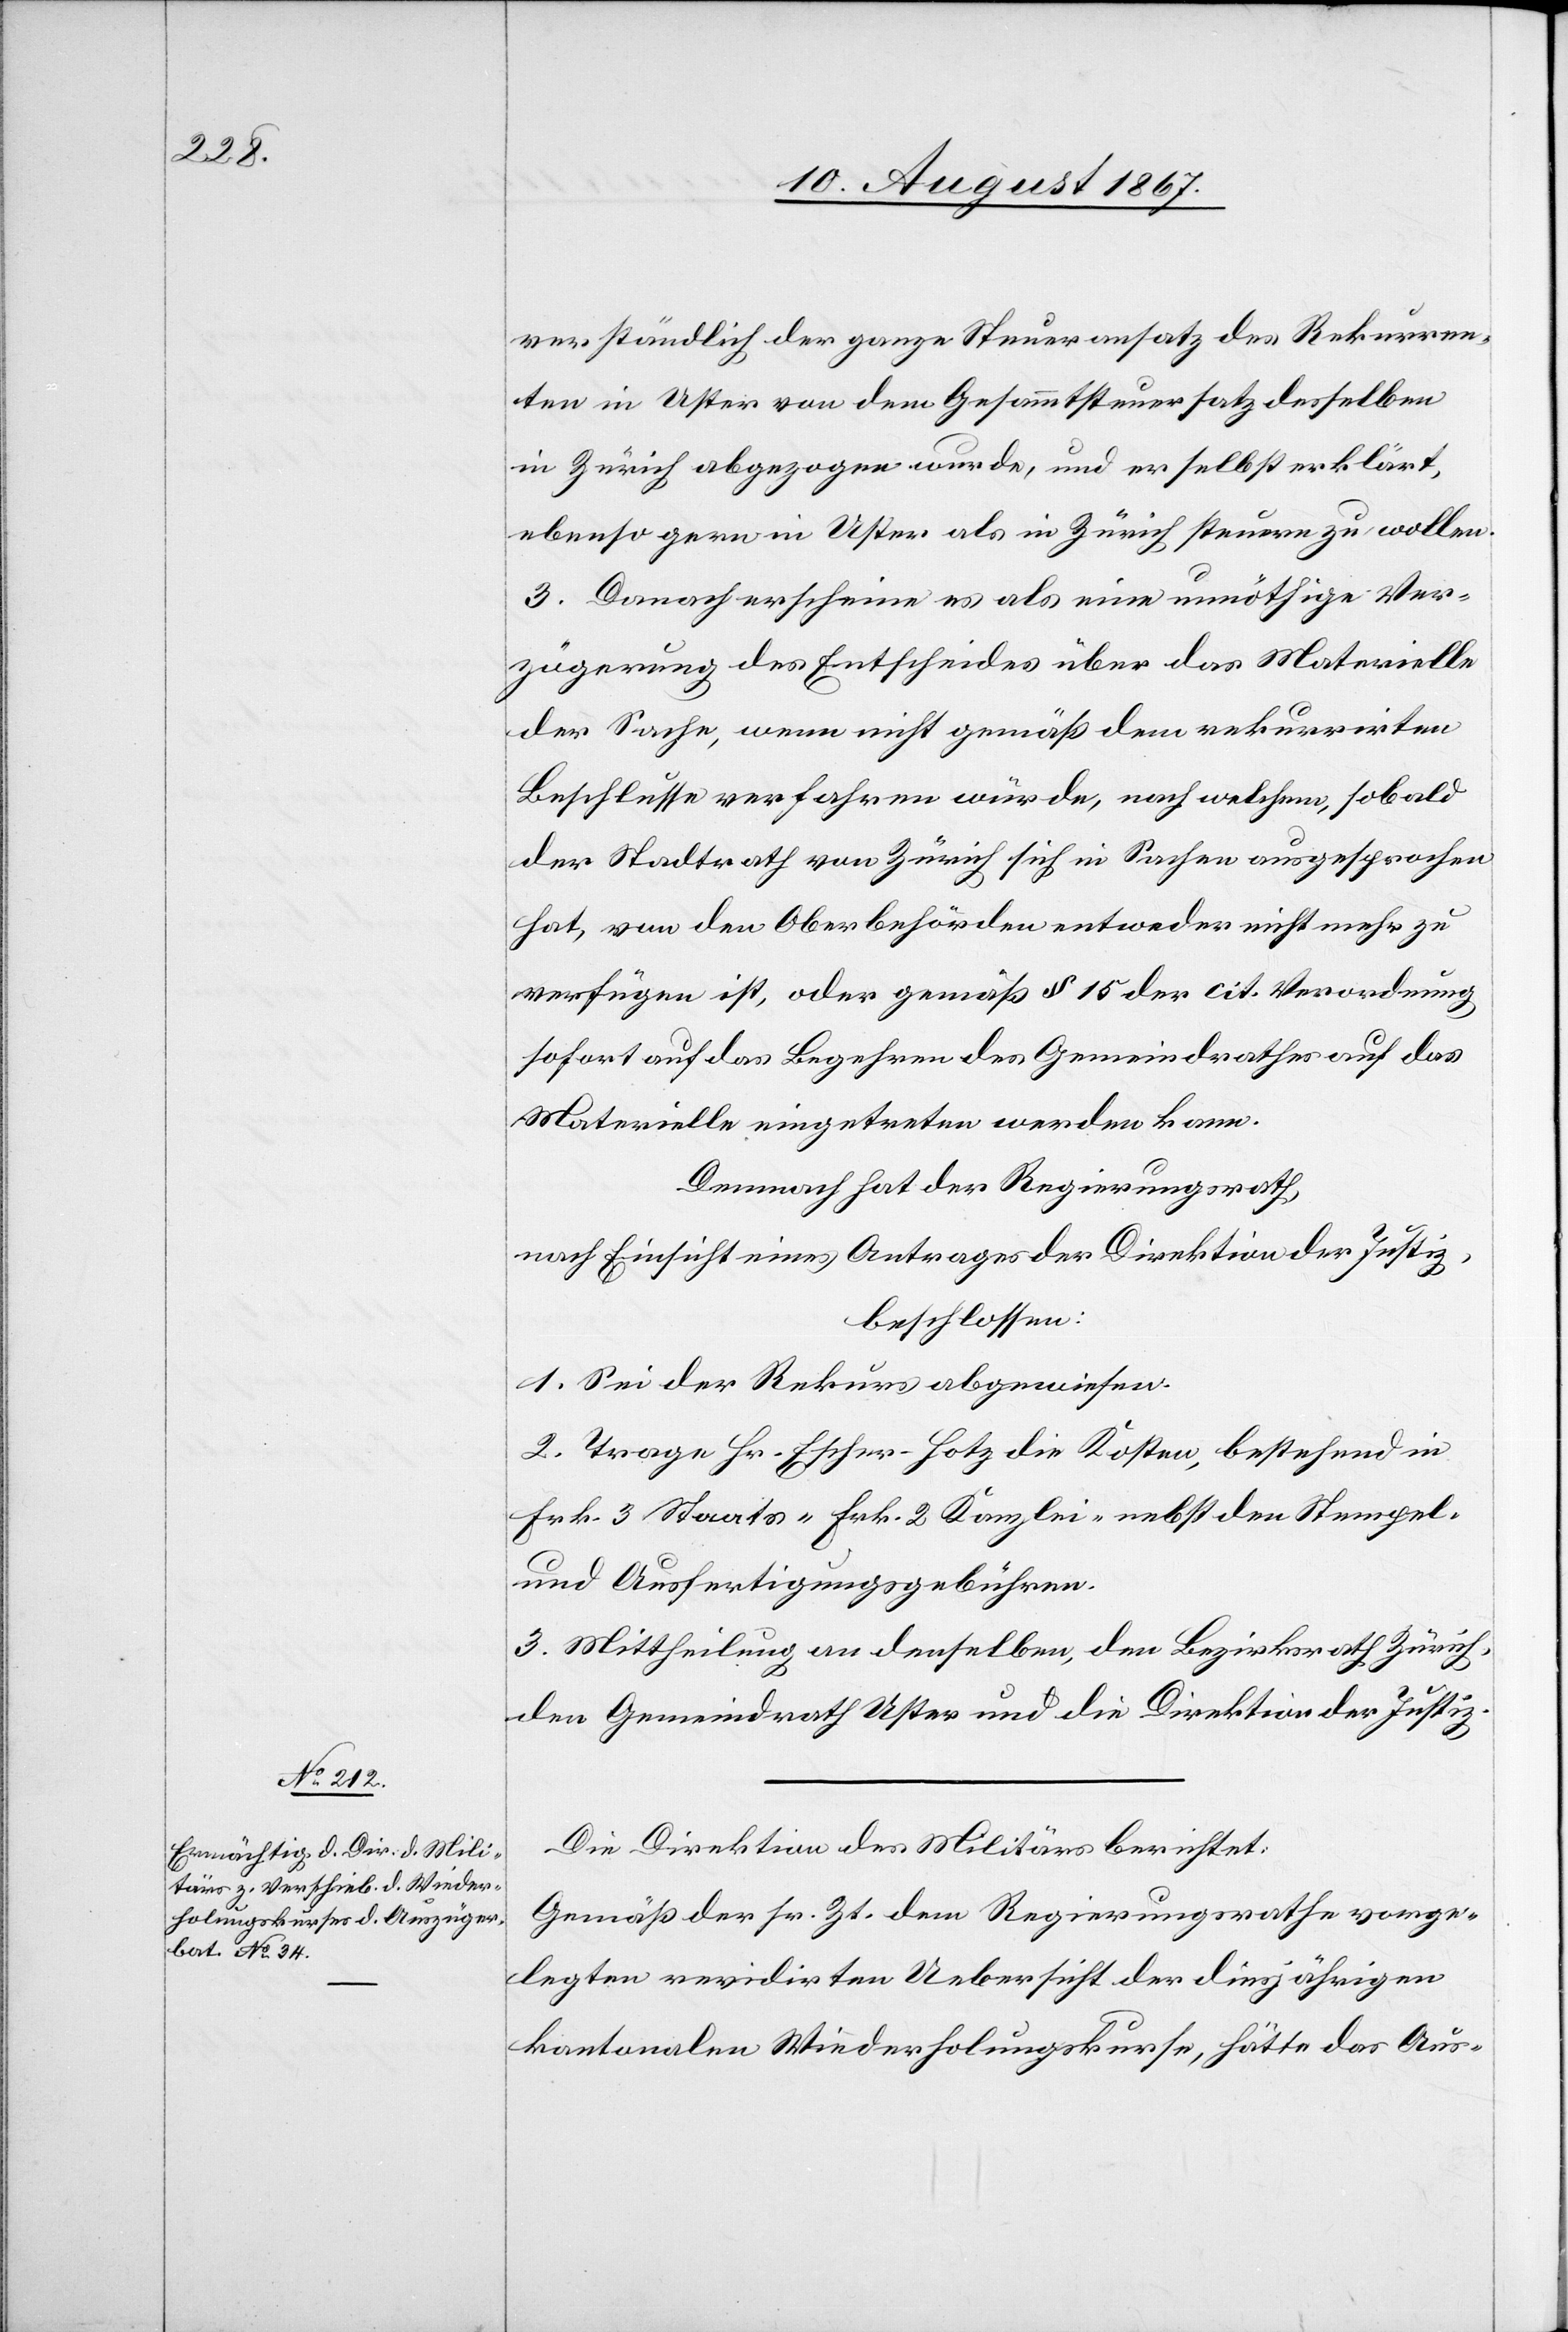
verständlich der ganze Steueransatz des Rekurren¬
ten in Uster von dem Gesammtsteuersatz desselben
in Zürich abgezogen wurde, und er selbst erklärt,
ebenso gern in Uster als in Zürich steuern zu wollen.
3. Demnach erscheine es als eine unnöthige Ver¬
zögerung des Entscheides über das Materielle
der Sache, wenn nicht gemäß dem rekurrirten
Beschlusse verfahren würde, nach welchem, sobald
der Stadtrath von Zürich sich in Sachen ausgesprochen
hat, von den Oberbehörden entweder nicht mehr zu
verfügen ist, oder gemäß § 15 der cit. Verordnung
sofort auf das Begehren des Gemeindrathes auf das
Materielle eingetreten werden kann.
Demnach hat der Regierungsrath,
nach Einsicht eines Antrages der Direktion der Justiz,
beschlossen:
1. Sei der Rekurs abgewiesen.
2. Trage Hr. Escher-Hotz die Kosten, bestehend in
Frk. 3 Staats- Frk. 2 Kanzlei- nebst den Stempel
und Ausfertigungsgebühren.
3. Mittheilung an denselben, den Bezirksrath Zürich,
den Gemeindrath Uster und die Direktion der Justiz.
Die Direktion des Militärs berichtet:
Gemäß der sr. Zt. dem Regierungsrathe vorge¬
legten revidirten Uebersicht der diesjährigen
kantonalen Wiederholungskurse, hätte das Aus-